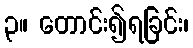
၃။ တောင်း၍ရခြင်း၊